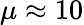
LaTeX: \mu\approx 10